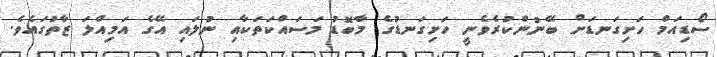
ސޯޑިއަމް ހަށިގަނޑަށް ބޭނުންކުރެވެނީ ހަށިގަނޑުގެ މާބޮޑު މަސައްކަތަކާއި ނުލައި އޭގެ އަމިއްލަ ޒާތުގައެވެ.